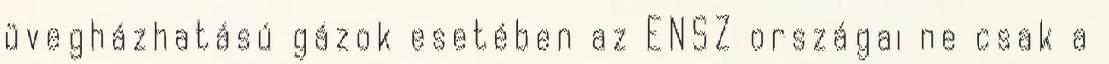
üvegházhatású gázok esetében az ENSZ országai ne csak a